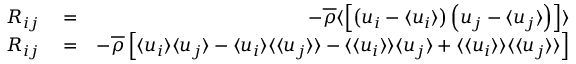
\begin{array} { r l r } { R _ { i j } } & { { } = } & { - \overline { { \rho } } \langle \left[ \left( u _ { i } - \langle u _ { i } \rangle \right) \left( u _ { j } - \langle u _ { j } \rangle \right) \right] \rangle } \\ { R _ { i j } } & { { } = } & { - \overline { { \rho } } \left[ \langle u _ { i } \rangle \langle u _ { j } \rangle - \langle u _ { i } \rangle \langle \langle u _ { j } \rangle \rangle - \langle \langle u _ { i } \rangle \rangle \langle u _ { j } \rangle + \langle \langle u _ { i } \rangle \rangle \langle \langle u _ { j } \rangle \rangle \right] } \end{array}